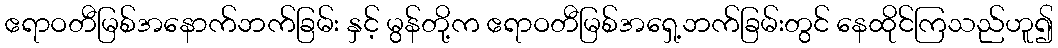
ဧရာဝတီမြစ်အနောက်ဘက်ခြမ်း နှင့် မွန်တို့က ဧရာဝတီမြစ်အရှေ့ဘက်ခြမ်းတွင် နေထိုင်ကြသည်ဟူ၍